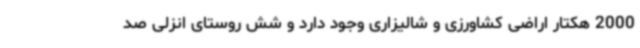
2000 هکتار اراضی کشاورزی و شالیزاری وجود دارد و شش روستای انزلی صد